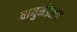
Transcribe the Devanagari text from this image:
वायुमंडलके